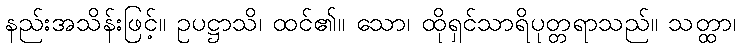
နည်းအသိန်းဖြင့်။ ဥပဋ္ဌာသိ၊ ထင်၏။ သော၊ ထိုရှင်သာရိပုတ္တရာသည်။ သတ္ထာ၊